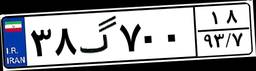
۳۸گ۷۰۰۱۸